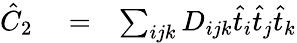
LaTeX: \begin{array}{rlr}{\hat{C}_{2}}&{{}=}&{\sum_{ijk}D_{ijk}\hat{t}_{i}\hat{t}_{j}\hat{t}_{k}}\end{array}